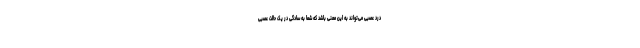
درد عصبی می‌تواند به این معنی باشد که شما به سادگی در یک حالت عصبی